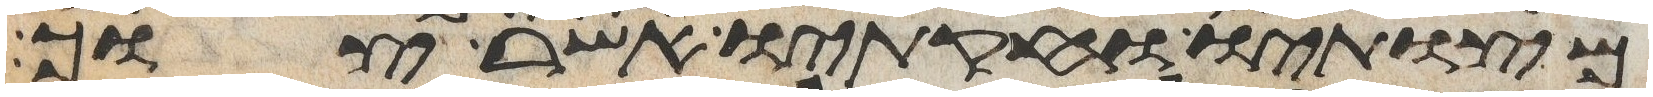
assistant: מצותיו וחקתיו אשר צוך